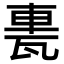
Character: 𨋐